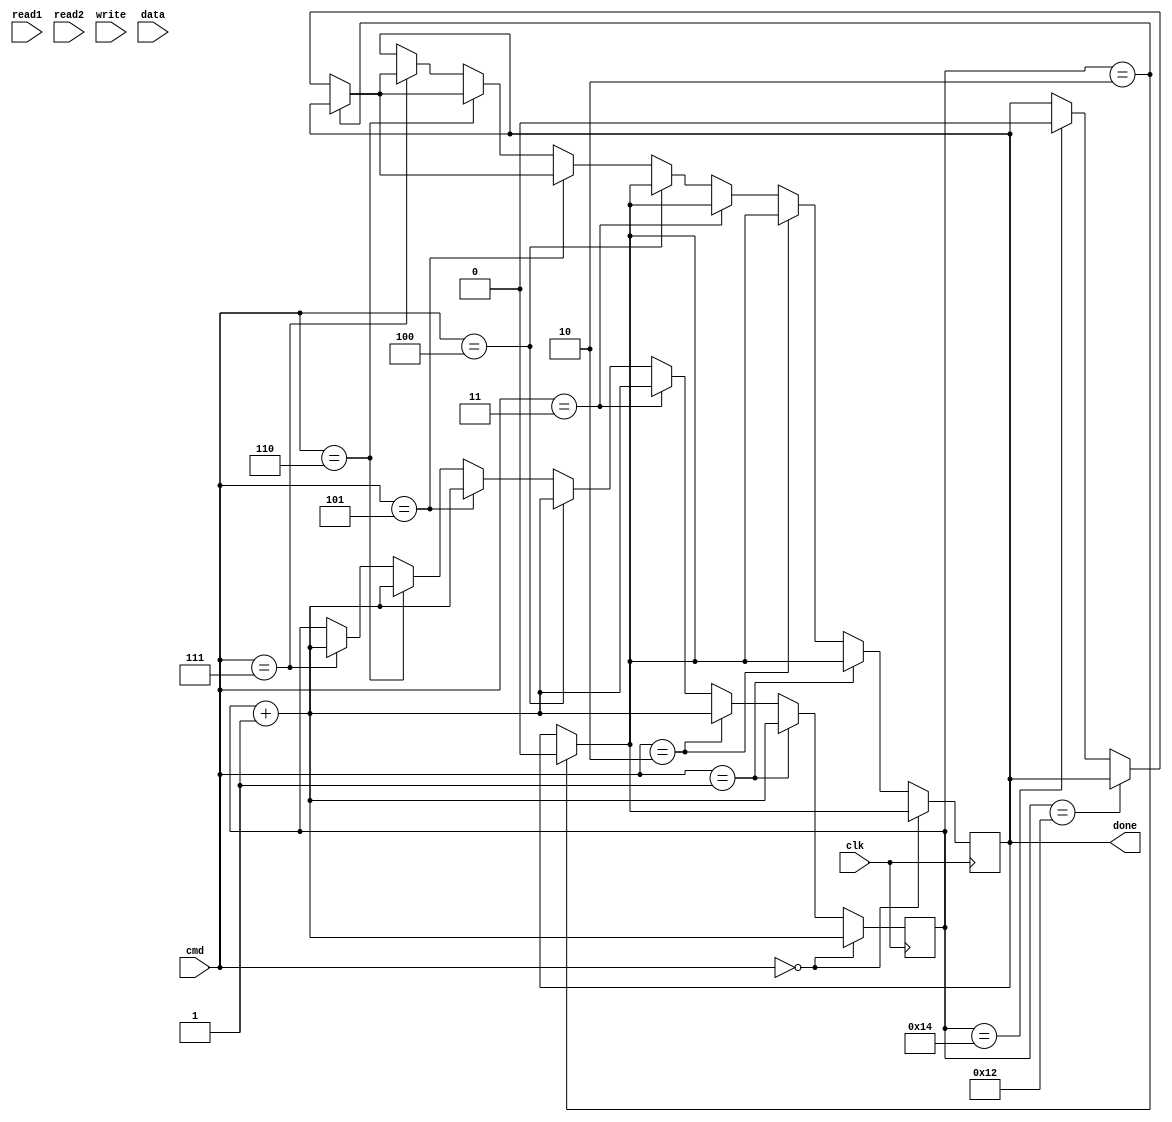
module call(read1, read2, write, data, cmd, clk, done);

    input [4:0] read1,read2,write;
    input signed [15:0] data;
    input [2:0] cmd;
    input clk;

    output reg done;

    reg [4:0] cycles = 5'b0;
    reg signed [15:0] temp;

    reg signed [15:0] readval1,readval2;
    reg signed [15:0] registers[0:31];

    initial begin
        registers[0]=16'b0;
        registers[1]=16'b0;
        registers[2]=16'b0;
        registers[3]=16'b0;
        registers[4]=16'b0;
        registers[5]=16'b0;
        registers[6]=16'b0;
        registers[7]=16'b0;
        registers[8]=16'b0;
        registers[9]=16'b0;
        registers[10]=16'b0;
        registers[11]=16'b0;
        registers[12]=16'b0;
        registers[13]=16'b0;
        registers[14]=16'b0;
        registers[15]=16'b0;
        registers[16]=16'b0;
        registers[17]=16'b0;
        registers[18]=16'b0;
        registers[19]=16'b0;
        registers[20]=16'b0;
        registers[21]=16'b0;
        registers[22]=16'b0;
        registers[23]=16'b0;
        registers[24]=16'b0;
        registers[25]=16'b0;
        registers[26]=16'b0;
        registers[27]=16'b0;
        registers[28]=16'b0;
        registers[29]=16'b0;
        registers[30]=16'b0;
        registers[31]=16'b0;
    end

    always @(posedge clk) begin

        if(cmd==0) begin
            if (cycles == 2) begin
                registers[write]<=data;
                cycles <= 0; 
                #1
                done <= 1'b1;
                done <= #1 1'b0;
            end
            cycles <= cycles + 1;
        end

        else if(cmd==1) begin
            if (cycles == 2) begin            
                readval1<=registers[read1];
                cycles <= 0;
                #1
                $display("Read Address: %d | Read Value: %d\n", read1, readval1);
                done <= 1'b1;
                done <= #1 1'b0;
            end
            cycles <= cycles + 1;
        end

        else if(cmd==2) begin
            if (cycles == 2) begin

                readval1<=registers[read1];
                readval2<=registers[read2];
                cycles <= 0;
                #1
                $display("Read Address 1 = %d | Read Value 1 = %d\n" ,read1, readval1);
                $display("Read Address 2 = %d | Read Value 2 = %d\n" ,read2, readval2);
                
                done <= 1'b1;
                done <= #1 1'b0;
        
            end
            cycles <= cycles + 1;
        end

        else if(cmd==3) begin
            if (cycles == 2) begin
                readval1<=registers[read1];
                registers[write]<=data;
                cycles <= 0;
                #1
                $display("Read Address = %d | Read Value = %d\n" , read1, readval1);
                done <= 1'b1;
                done <= #1 1'b0;
            end
            cycles <= cycles + 1;
        end

        else if(cmd==4) begin
            if (cycles == 2) begin
                readval1<=registers[read1];
                readval2<=registers[read2];
                registers[write]<=data;
                cycles <= 0;
                #1
                $display("Read Address 1 = %d | Read Value 1 = %d\n" ,read1, readval1);
                $display("Read Address 2 = %d | Read Value 2 = %d\n" ,read2, readval2);
                done <= 1'b1;
                done <= #1 1'b0;
            end
            cycles <= cycles + 1;
        end
       
        else if(cmd == 5) begin
             if (cycles == 2) begin
                readval1<=registers[read1];
                readval2<=registers[read2];
            end
            else if (cycles == 18) begin
                temp<=readval1+readval2;
            end
            else if (cycles == 20) begin
                registers[write]<=temp;
                cycles <= 0;
                #1
                $display("Write Address = %d | Written Value = %d\n", write, temp);
                done <= 1'b1;
                done <= #1 1'b0;
            end            
            cycles<=cycles+1; 
        end

        else if(cmd == 6) begin
             if (cycles == 2) begin
                readval1<=registers[read1];
                readval2<=registers[read2];
            end
            else if (cycles == 18) begin
                temp<=readval1-readval2;
            end
            else if (cycles == 20) begin
                registers[write]<=temp;
                cycles <= 0;
                #1
                $display("Write Address = %d | Written Value = %d\n", write, temp);
                done <= 1'b1;
                done <= #1 1'b0;
            end            
            cycles<=cycles+1; 
        end

        else if(cmd == 7) begin
            if (cycles == 2) begin
                readval1<=registers[read1];
            end
            else if (cycles == 18) begin
                temp<=(readval1<<data);
            end
            else if (cycles == 20) begin
                registers[write]<=temp;
                cycles <= 0;
                #1
                $display("Write Address = %d | Written Value = %d\n", write, temp);
                done <= 1'b1;
                done <= #1 1'b0;
            end
            cycles<=cycles+1; 
        end 
    end
endmodule